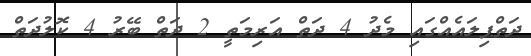
ދަތްޕިލައެއްގައި މެދު 4 ދަތް އަރިމަތީ 2 ދަތް ބޭރު 4 ކޮލުދަތް